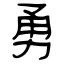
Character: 勇